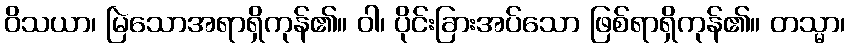
ဝိသယာ၊ မြဲသောအရာရှိကုန်၏။ ဝါ၊ ပိုင်းခြားအပ်သော ဖြစ်ရာရှိကုန်၏။ တသ္မာ၊